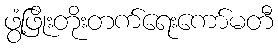
ဖွံ့ဖြိုးတိုးတက်ရေးကော်မတီ